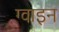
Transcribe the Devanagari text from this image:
ग्वाइन